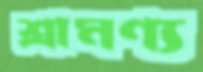
শ্রামণ্য